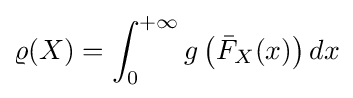
\varrho (X)=\int _{0}^{+\infty }g\left({\bar {F}}_{X}(x)\right)dx